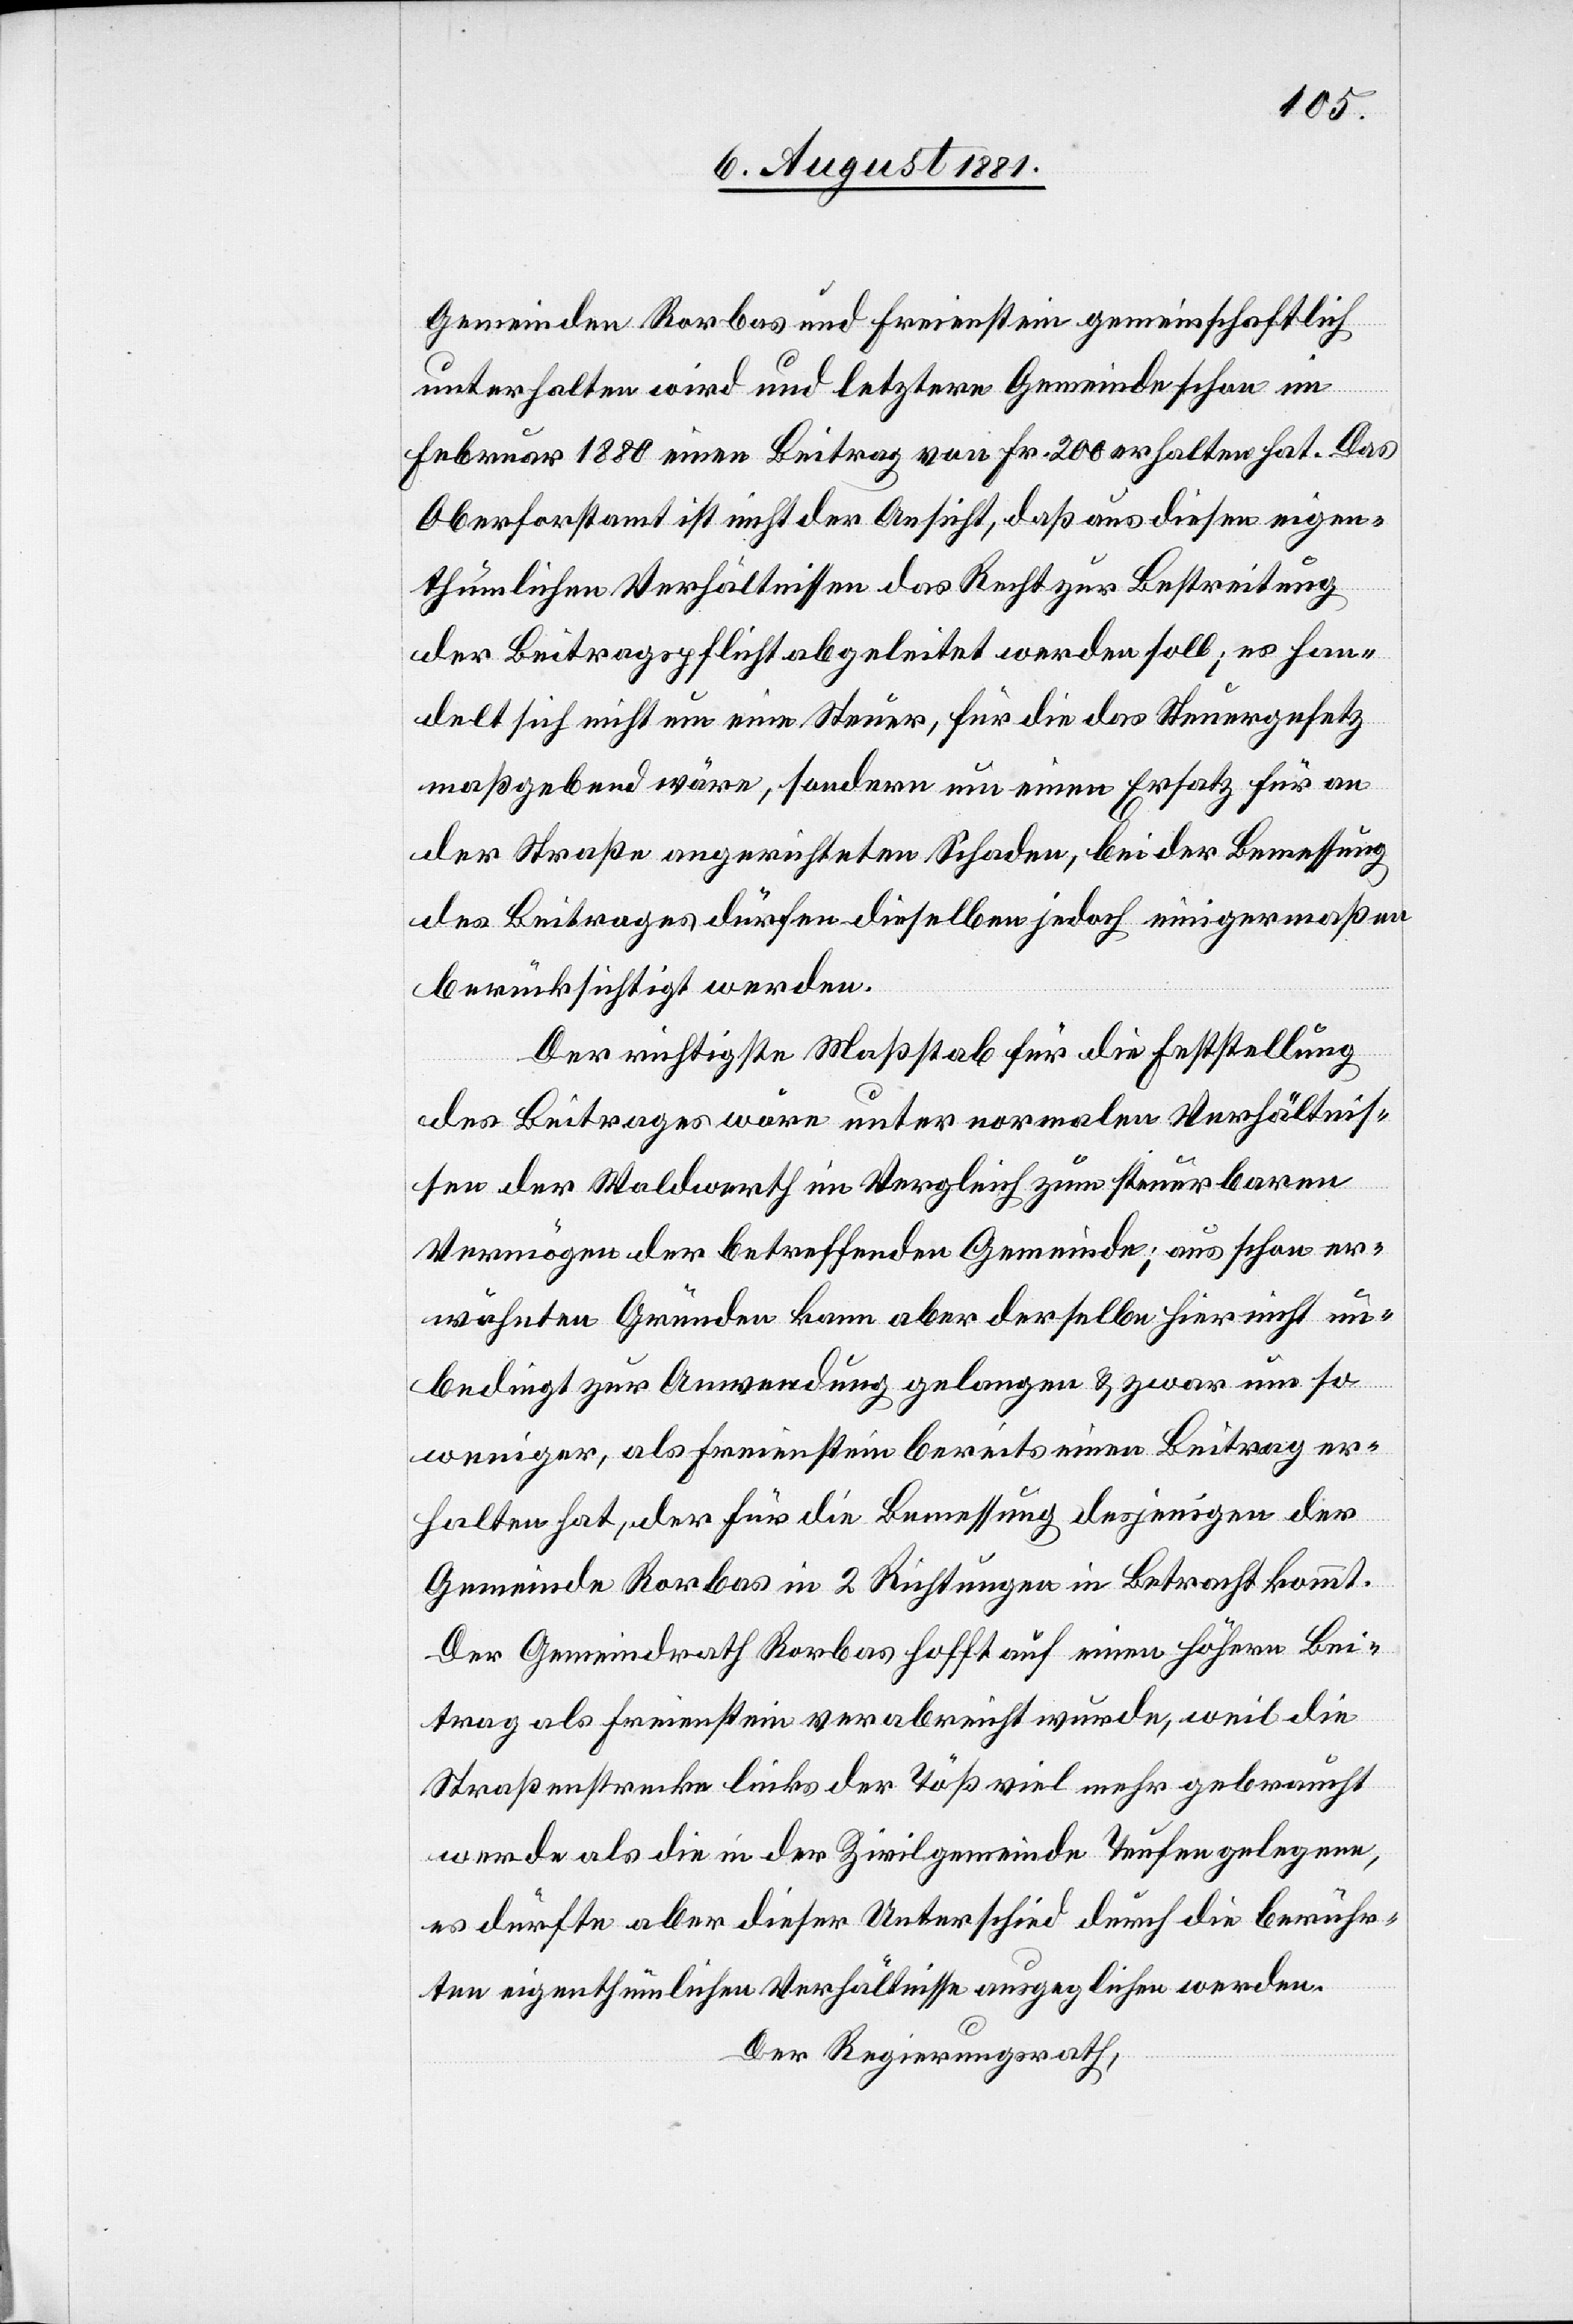
Gemeinden Rorbas und Freienstein gemeinschaftlich
unterhalten wird und letztere Gemeinde schon im
Februar 1880 einen Beitrag von Fr. 200 erhalten hat. Das
Oberforstamt ist nicht der Ansicht, daß aus diesen eigen¬
thümlichen Verhältnissen das Recht zur Bestreitung
der Beitragspflicht abgeleitet werden soll; es han¬
delt sich nicht um eine Steuer, für die das Steuergesetz
maßgebend wäre, sondern um einen Ersatz für an
der Straße angerichteten Schaden, bei der Bemessung
des Beitrages dürfen dieselben jedoch einigermaßen
berücksichtigt werden.
Der richtigste Maßstab für die Feststellung
des Beitrages wäre unter normalen Verhältnis¬
sen der Waldwerth im Vergleich zum steuerbaren
Vermögen der betreffenden Gemeinde; aus schon er¬
wähnten Gründen kann aber derselbe hier nicht un¬
bedingt zur Anwendung gelangen & zwar um so
weniger, als Freienstein bereits einen Beitrag er¬
halten hat, der für die Bemessung desjenigen der
Gemeinde Rorbas in 2 Richtungen in Betracht kommt.
Der Gemeindrath Rorbas hofft auf einen höhern Bei¬
trag als Freienstein verabreicht wurde, weil die
Straßenstrecke links der Töß viel mehr gebraucht
werde als die in der Zivilgemeinde Teufen gelegene,
es dürfte aber dieser Unterschied durch die berühr¬
ten eigenthümlichen Verhältnisse ausgeglichen werden.
Der Regierungsrath,